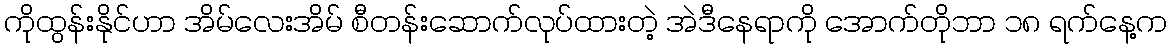
ကိုထွန်းနိုင်ဟာ အိမ်လေးအိမ် စီတန်းဆောက်လုပ်ထားတဲ့ အဲဒီနေရာကို အောက်တိုဘာ ၁၈ ရက်နေ့က